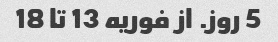
5 روز. از فوریه 13 تا 18